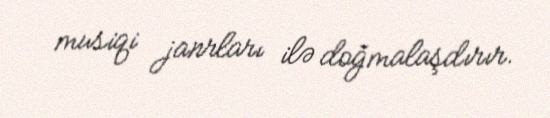
musiqi janrları ilə doğmalaşdırır.